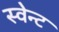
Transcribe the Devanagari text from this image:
स्वेन्ट